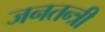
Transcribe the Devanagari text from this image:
जनतन्त्री